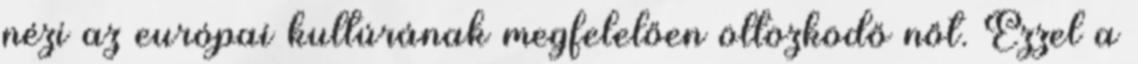
nézi az európai kultúrának megfelelően öltözködő nőt. Ezzel a